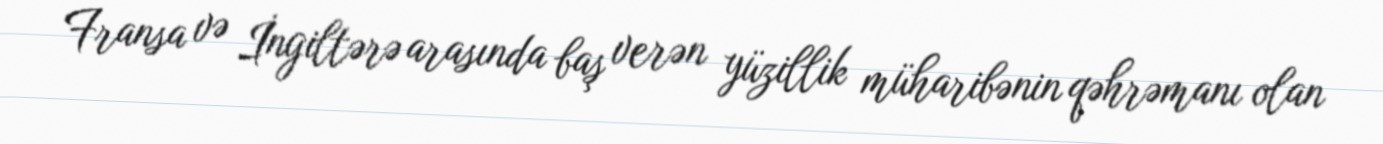
Fransa və İngiltərə arasında baş verən yüzillik müharibənin qəhrəmanı olan